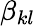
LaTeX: \beta_{kl}